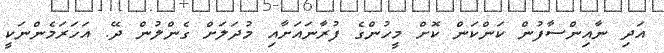
އަދި ނާއިންސާފުން ކަންކަން ކޮށް މީހުންގެ ފުރާނައަށާއި މުދަލަށް ގެންލުން ދޭ. އަހަރަމެންނަކީ